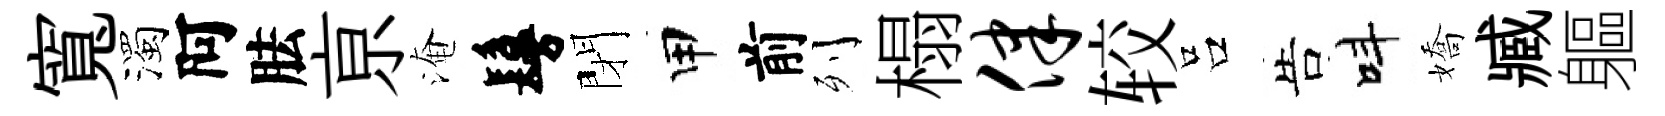
寬濁阿胠亰淹鬘閉甲前列榻律较吕告呌嬌臧軀